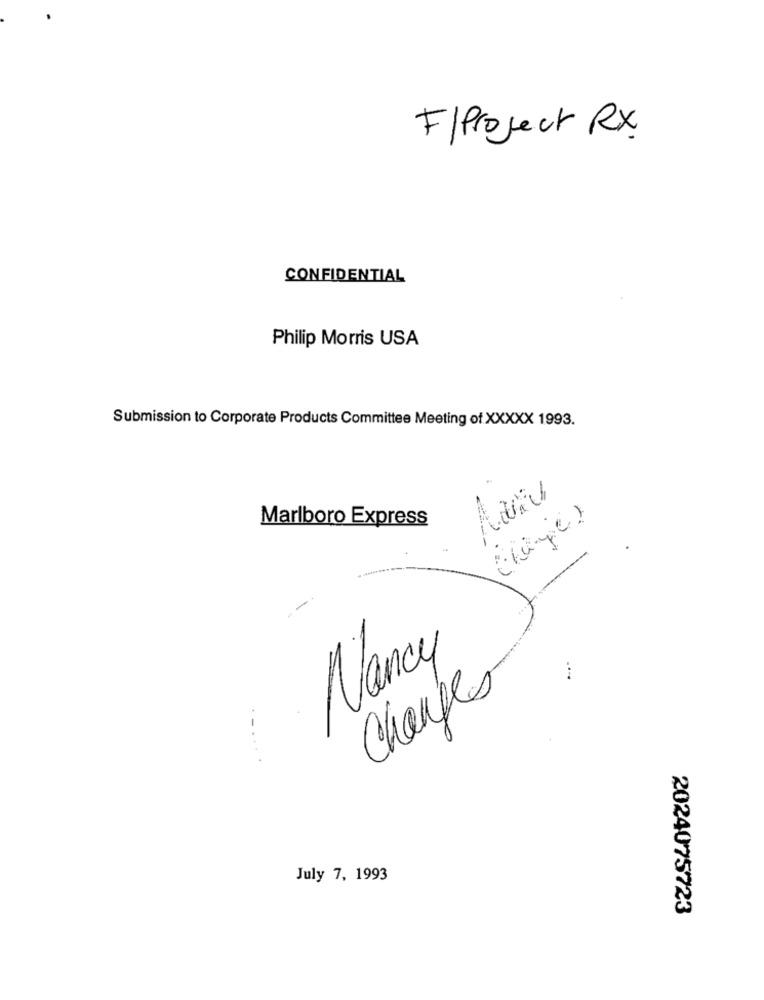
F/ Project Rx
CONFIDENTIAL
Philip Morris USA
Submission to Corporate Products Committee Meeting of XXXXX 1993.
-
Marlboro Express
(Change)
---
Nancy
Changes
..
July 7, 1993
2024075723